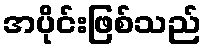
အပိုင်းဖြစ်သည်